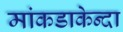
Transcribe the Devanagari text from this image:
मांकडाकेन्दा